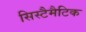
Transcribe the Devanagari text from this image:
सिस्टैमैटिक